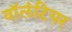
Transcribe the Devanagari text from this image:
वाॅलंटियर